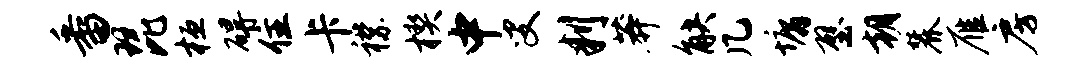
番琵桓碍住卡襟楔中叟判莽觖几墉壁朝麓雁房